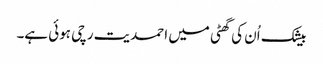
بیشک اُن کی گھٹی میں احمدیت رچی ہوئی ہے۔